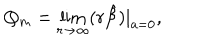
Q _ { m } = \lim _ { r \to \infty } ( r \hat { \cal B } ) | _ { a = 0 } ,